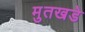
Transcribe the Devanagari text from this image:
मुतखडे